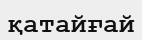
қатайғай